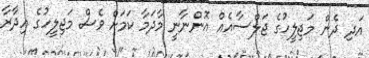
އަދި ދެން މަޖިލީހުގެ ޖަލްސާއެއް އޮންނާނީ މާދަމާ ކަމަށް ވެސް މަޖިލީހުގެ އިދާރާ